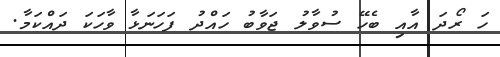
ހަ ރޯދަ އާއި ބެހޭ ސުވާލު ޖަވާބު ހައްދު ފަހަނަޅާ ވާހަކަ ދައްކަމާ.